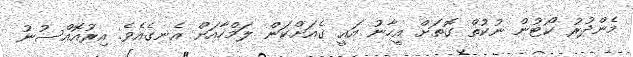
މެންދުރު ކޯޓުން ނުކުތް ގޮތަށް އީހާނު އައީ ގެއަށްކަން ލަމްހާއަށް އެނގެއެވެ. އިރުއޮއްސުނު